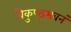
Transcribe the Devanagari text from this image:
वैकुण्ठभवनं